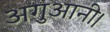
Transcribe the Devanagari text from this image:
अगुआनी।